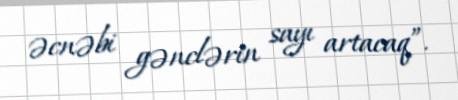
əcnəbi gənclərin sayı artacaq”.